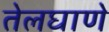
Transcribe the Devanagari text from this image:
तेलघाणे